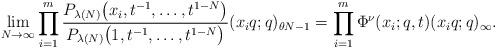
LaTeX: \begin{gather*}\lim_{N\rightarrow\infty}{\prod_{i=1}^m{\frac{P_{\lambda(N)}\big(x_i, t^{-1}, \dots, t^{1-N}\big)}{P_{\lambda(N)}\big(1, t^{-1}, \dots, t^{1-N}\big)} (x_i q; q)_{\theta N - 1}}} = \prod_{i=1}^m{\Phi^{\nu}(x_i; q, t)(x_iq; q)_{\infty}}.\end{gather*}